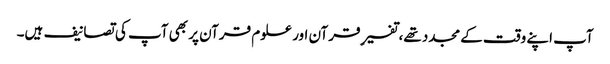
آپ اپنے وقت کے مجدد تھے، تفسیرِ قرآن اور علوم قرآن پر بھی آپ کی تصانیف ہیں۔